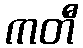
ကတီ